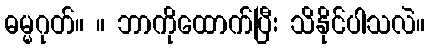
ဓမ္မဂုတ်။ ။ ဘာကိုထောက်ပြီး သိနိုင်ပါသလဲ။